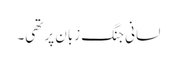
لسانی جنگ زبان پر تھی۔